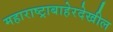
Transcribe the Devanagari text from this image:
महाराष्ट्राबाहेरदेखील